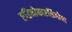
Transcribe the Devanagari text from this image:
एडिनोकारसिनोमा